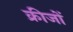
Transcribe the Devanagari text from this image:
क्रीजों